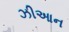
ઝીઆન